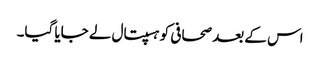
اس کے بعد صحافی کو ہسپتال لے جایا گیا۔